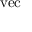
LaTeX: \operatorname { v e c }